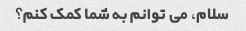
سلام، می توانم به شما کمک کنم؟